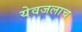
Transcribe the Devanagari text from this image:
येवजलाच